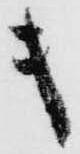
キ